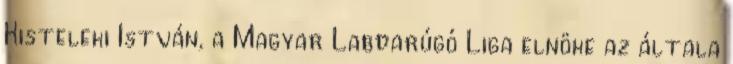
Kisteleki István, a Magyar Labdarúgó Liga elnöke az általa